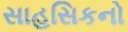
સાહસિકનો